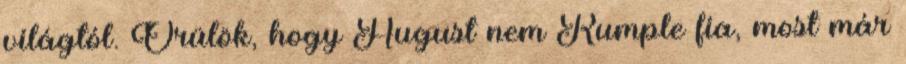
világtól. Örülök, hogy August nem Rumple fia, most már